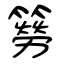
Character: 簩